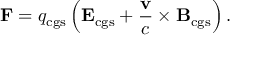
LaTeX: \mathbf { F } = q _ { \mathrm { c g s } } \left( \mathbf { E } _ { \mathrm { c g s } } + { \frac { \mathbf { v } } { c } } \times \mathbf { B } _ { \mathrm { c g s } } \right) .